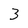
Character: 3